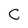
Character: c